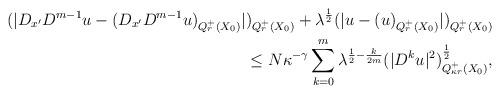
LaTeX: \begin{align*}(|D_{x^\prime}D^{m-1}u-(D_{x^\prime}D^{m-1}u)_{Q_r^+(X_0)}|)_{Q_r^+(X_0)}+\lambda^{\frac{1}{2}}(|u-(u)_{Q_r^+(X_0)}|)_{Q_r^+(X_0)}\\\le N\kappa^{-\gamma}\sum_{k=0}^m \lambda^{\frac{1}{2}-\frac{k}{2m}}(|D^k u|^2)_{Q_{\kappa r}^+(X_0)}^\frac{1}{2},\end{align*}